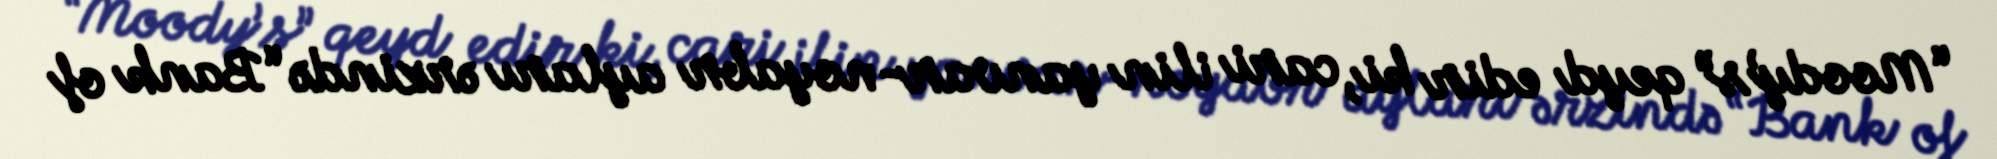
“Moody’s” qeyd edir ki, cari ilin yanvar-noyabr ayları ərzində “Bank of